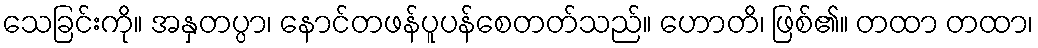
သေခြင်းကို။ အနှတပ္ပာ၊ နောင်တဖန်ပူပန်စေတတ်သည်။ ဟောတိ၊ ဖြစ်၏။ တထာ တထာ၊